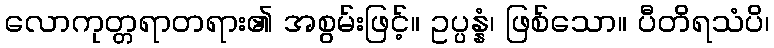
လောကုတ္တရာတရား၏ အစွမ်းဖြင့်။ ဥပ္ပန္နံ၊ ဖြစ်သော။ ပီတိရသံပိ၊